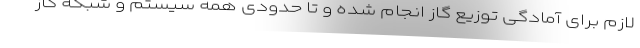
لازم برای آمادگی توزیع گاز انجام شده و تا حدودی همه سیستم و شبکه گاز